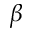
\beta